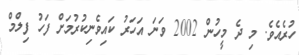
ހުރެއެވެ. މި ދެ މީހުން 2002 ވަނަ އަހަރު ކައިވެނިކުރުމަށް ފަހު ފިލްމް